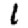
Digit: 1